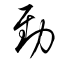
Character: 勁